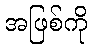
အဖြစ်ကို